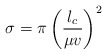
\begin{align*}\sigma = \pi \left (\frac{l_c}{\mu v} \right)^2\end{align*}